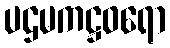
ပဌမကဋ္ဌဝရော